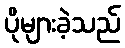
ပိုများခဲ့သည်